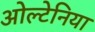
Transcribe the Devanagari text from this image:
ओल्टेनिया